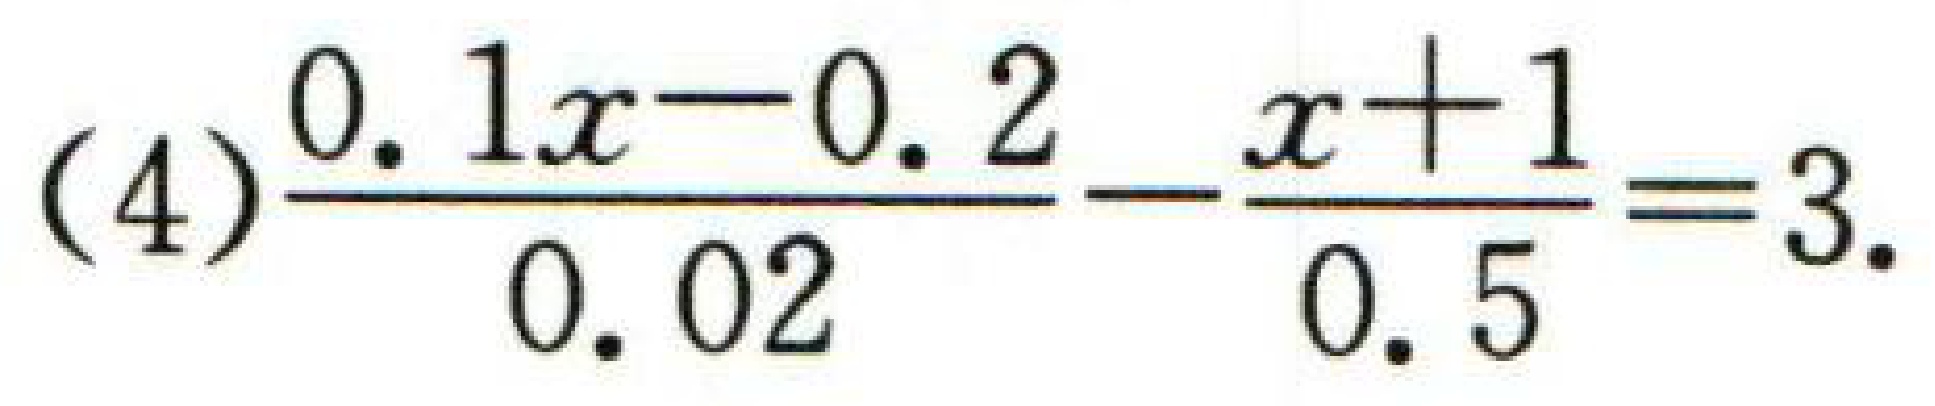
\((4)\frac{0.1x - 0.2}{0.02}-\frac{x + 1}{0.5}=3\)